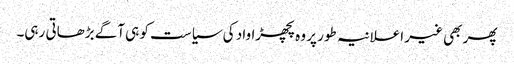
پھر بھی غیر اعلانیہ طور پر وہ پچھڑاواد کی سیاست کو ہی آگے بڑھاتی رہی۔